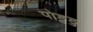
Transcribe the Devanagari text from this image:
पोड़ुडु